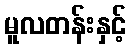
မူလတန်းနှင့်